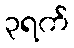
၃ရက်